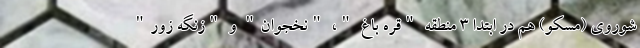
شوروی (مسکو) هم در ابتدا 3 منطقه "قره باغ "، "نخجوان" و "زنگه زور"